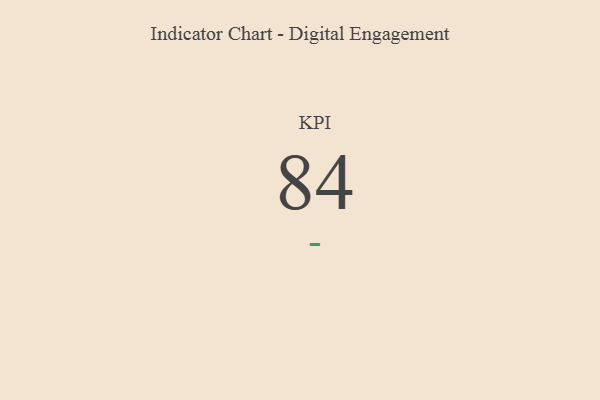
{"axis": {"x": "KPI", "y": "Value"}, "legend": [""], "data": [{"x": "KPI", "y": 84, "type": ""}]}